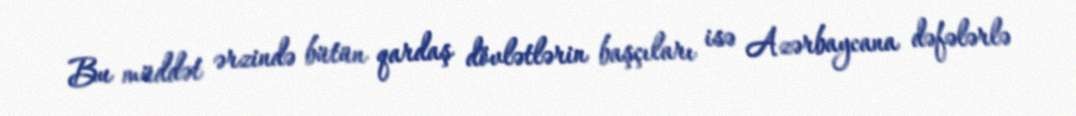
Bu müddət ərzində bütün qardaş dövlətlərin başçıları isə Azərbaycana dəfələrlə